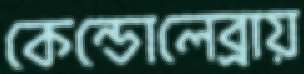
কেন্ডোলেব্রায়